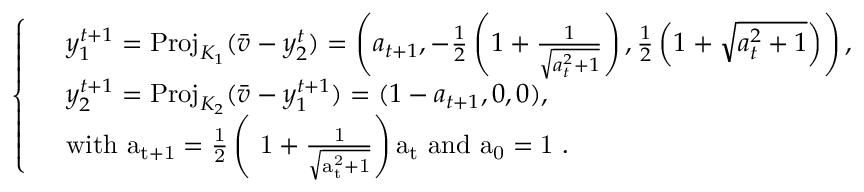
\begin{array} { r } { \left\{ \begin{array} { l l } & { y _ { 1 } ^ { t + 1 } = \mathrm { P r o j } _ { K _ { 1 } } ( \bar { v } - y _ { 2 } ^ { t } ) = \left( a _ { t + 1 } , - \frac { 1 } { 2 } \left( 1 + \frac { 1 } { \sqrt { a _ { t } ^ { 2 } + 1 } } \right) , \frac { 1 } { 2 } \left( 1 + \sqrt { a _ { t } ^ { 2 } + 1 } \right) \right) , } \\ & { y _ { 2 } ^ { t + 1 } = \mathrm { P r o j } _ { K _ { 2 } } ( \bar { v } - y _ { 1 } ^ { t + 1 } ) = ( 1 - a _ { t + 1 } , 0 , 0 ) , } \\ & { \mathrm { w i t h ~ a _ { t + 1 } = \frac { 1 } { 2 } \left( ~ 1 + \frac { 1 } { \sqrt { a _ t ^ 2 + 1 } } \right) a _ t ~ a n d ~ a _ 0 = 1 ~ } . } \end{array} \right. } \end{array}